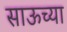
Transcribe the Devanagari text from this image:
साऊच्या